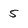
Character: 5